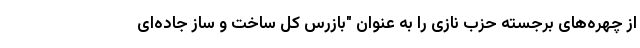
از چهره‌های برجسته حزب نازی را به عنوان "بازرس کل ساخت و ساز جاده‌ای